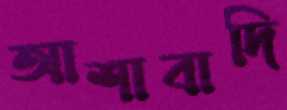
আশাবাদি